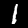
Digit: 1